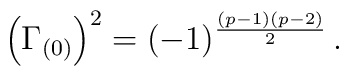
\left(\Gamma_{(0)} \right)^2 = (-1)^{{(p-1) (p-2)\over 2}}\, .